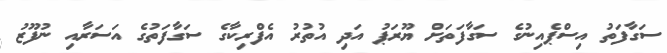
ސަގާފަތު އިސްޕެއިނުގެ ސަގާފަތަށް ޔޫރަޕު އަދި އުތުރު އެފްރިކާގެ ސަގާފަތުގެ އަސަރާއި ނުފޫޒު